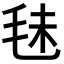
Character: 𣭐